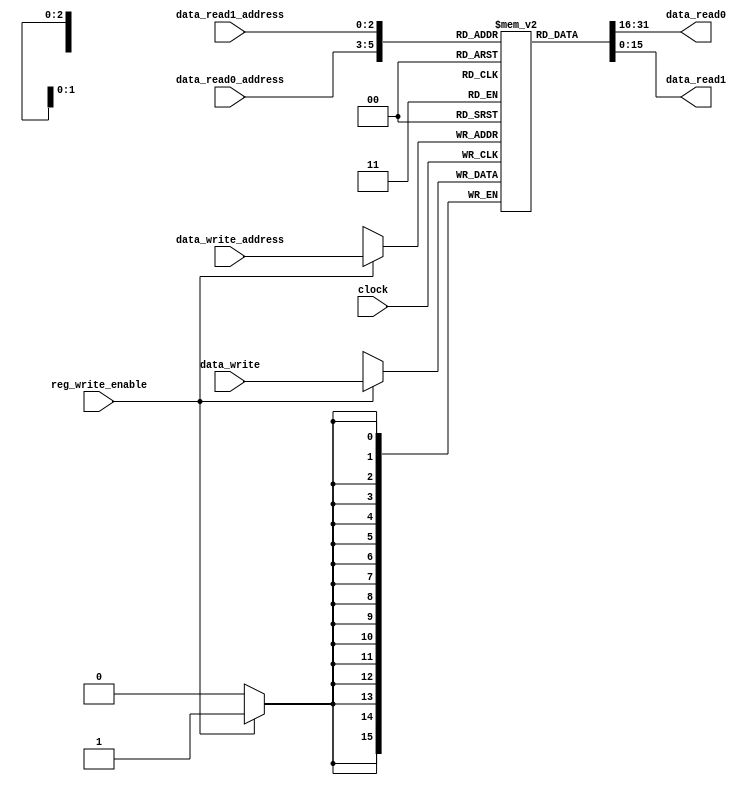
module RegisterFile
(data_read0, 
data_read1, 
data_write, 
data_read0_address, 
data_read1_address, 
data_write_address, 
clock,
reg_write_enable);
//,PC);

input [15:0] data_write;
input [2:0] data_read0_address, data_read1_address, data_write_address;
input clock, reg_write_enable;
output [15:0] data_read0, data_read1;
//output [15:0] PC;
reg [15:0] regfile [7:0];
integer i;
initial
begin
for (i = 0; i < 7; i = i + 1) begin
            regfile[i] = 16'b0;
end
end

always @(posedge clock)
begin
if(reg_write_enable)
regfile[data_write_address]<=data_write;
end
//assign PC=regfile[7];

assign data_read0=regfile[data_read0_address];
assign data_read1=regfile[data_read1_address];

endmodule